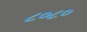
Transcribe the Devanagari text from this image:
८०८०